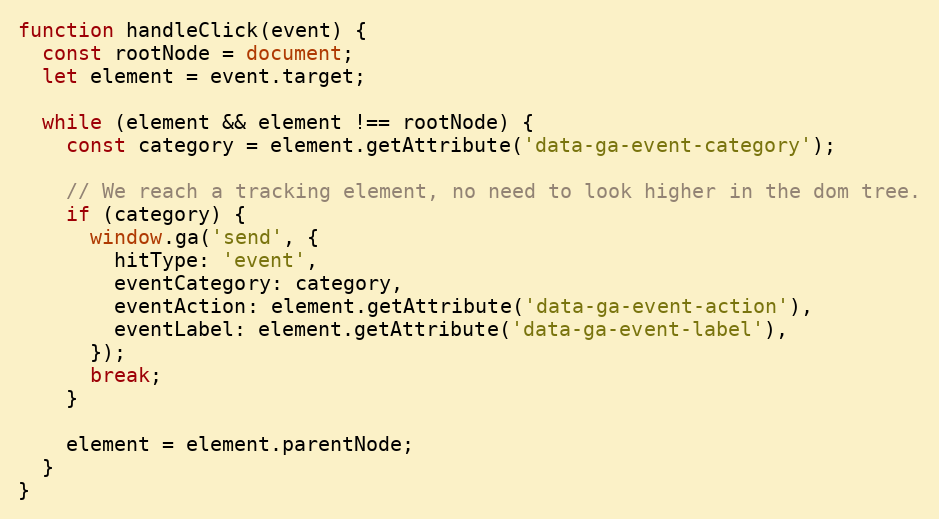
Language: JavaScript
function handleClick(event) {
  const rootNode = document;
  let element = event.target;

  while (element && element !== rootNode) {
    const category = element.getAttribute('data-ga-event-category');

    // We reach a tracking element, no need to look higher in the dom tree.
    if (category) {
      window.ga('send', {
        hitType: 'event',
        eventCategory: category,
        eventAction: element.getAttribute('data-ga-event-action'),
        eventLabel: element.getAttribute('data-ga-event-label'),
      });
      break;
    }

    element = element.parentNode;
  }
}